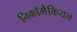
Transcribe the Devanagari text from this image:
निकॉमैकियन